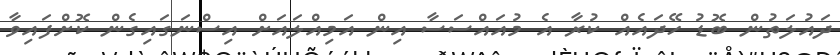
ދައުލަތުން ބޮޑު ހޭދައެއް ކުރާ އެ މުއައްސަސާ އިން އަމިއްލައަށް އިސްނަގައިގެން ކޮށްފައިވާ